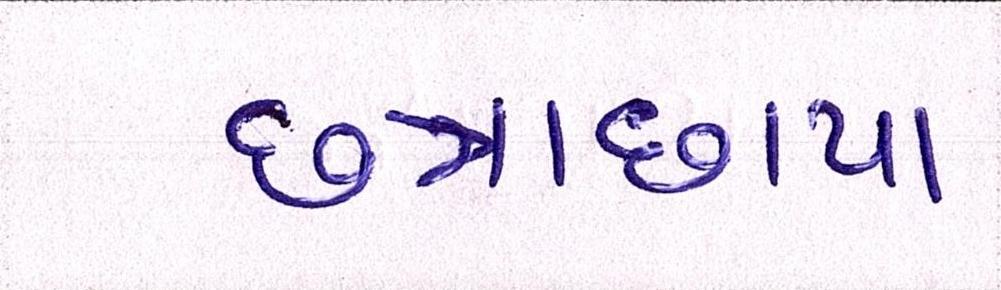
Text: છત્રાછાયા